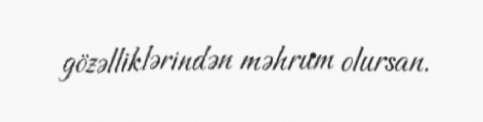
gözəlliklərindən məhrum olursan.